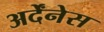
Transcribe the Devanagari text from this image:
अर्देंनेस